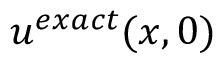
u ^ { e x a c t } ( x , 0 )